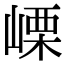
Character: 㟳